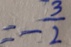
= - \frac { 3 } { 2 }